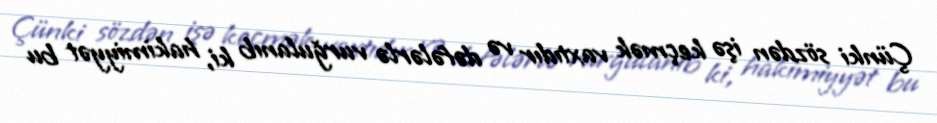
Çünki sözdən işə keçmək vaxtıdır və dəfələrlə vurğulanıb ki, hakimiyyət bu